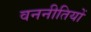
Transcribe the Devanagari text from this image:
वननीतियों